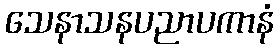
သေနာသနပညာပကာနံ